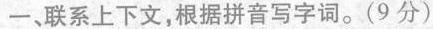
一、联系上下文，根据拼音写字词。(9分)